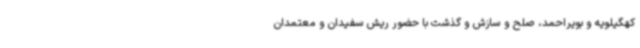
کهگیلویه و بویراحمد، صلح و سازش و گذشت با حضور ریش سفیدان و معتمدان